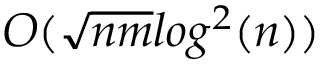
O ( { \sqrt { n m } } l o g ^ { 2 } ( n ) )